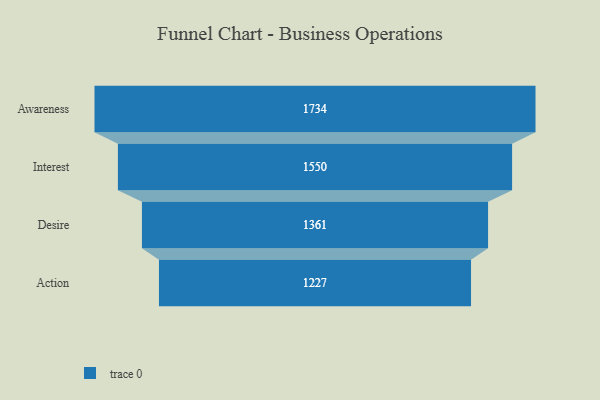
{"axis": {"x": "Stage", "y": "Value"}, "legend": [""], "data": [{"x": "Awareness", "y": 1734.0, "type": ""}, {"x": "Interest", "y": 1550.0, "type": ""}, {"x": "Desire", "y": 1361.0, "type": ""}, {"x": "Action", "y": 1227.0, "type": ""}]}